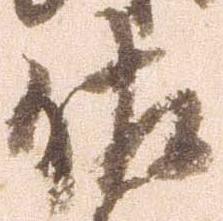
佐